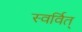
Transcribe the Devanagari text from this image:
स्वर्वित्